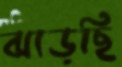
ঝাড়ছি